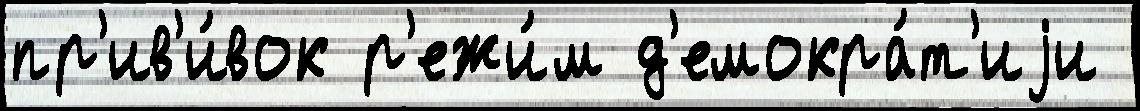
пр'ив'и́вок р'ежи́м д'емокра́т'иjи